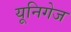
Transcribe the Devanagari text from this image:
यूनिगेज